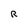
Character: R